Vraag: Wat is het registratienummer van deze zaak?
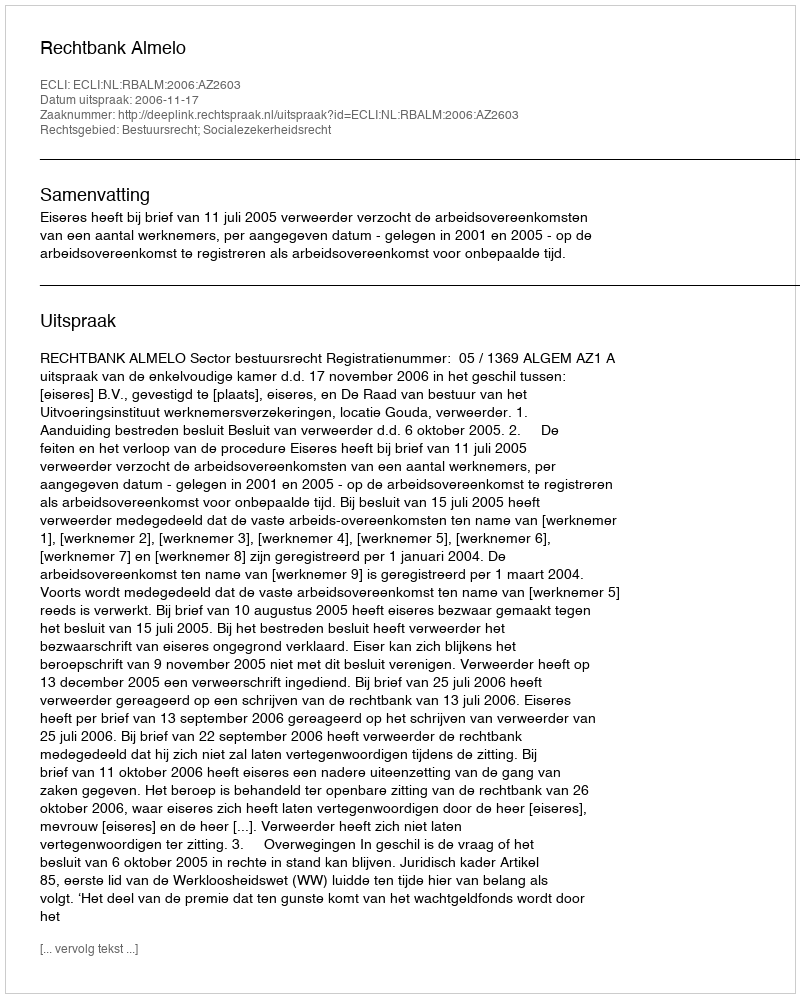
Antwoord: http://deeplink.rechtspraak.nl/uitspraak?id=ECLI:NL:RBALM:2006:AZ2603